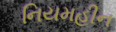
નિયમહીન